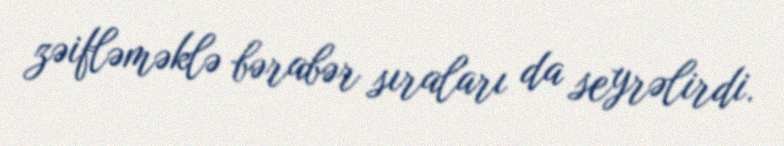
zəifləməklə bərabər sıraları da seyrəlirdi.